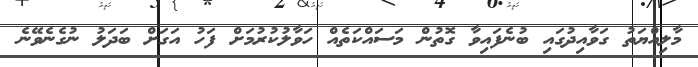
މާލިއްޔަތު ގަވާއިދުގައި ބުނެފައިވާ ގޮތުން މަސައްކަތެއް ހަވާލުކުރުމަށް ފަހު އަގަށް ބަދަލު ނުގެނެވޭނެ